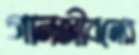
গানজীবনের